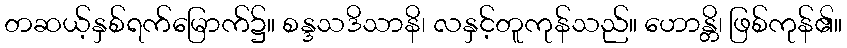
တဆယ့်နှစ်ရက်မြောက်၌။ စန္ဒသဒိသာနိ၊ လနှင့်တူကုန်သည်။ ဟောန္တိ၊ ဖြစ်ကုန်၏။